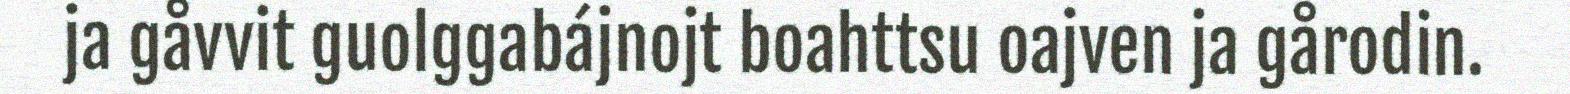
ja gåvvit guolggabájnojt boahttsu oajven ja gårodin.